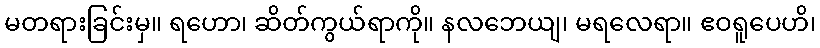
မတရားခြင်းမှ။ ရဟော၊ ဆိတ်ကွယ်ရာကို။ နလဘေယျ၊ မရလေရာ။ ဧဝရူပေဟိ၊